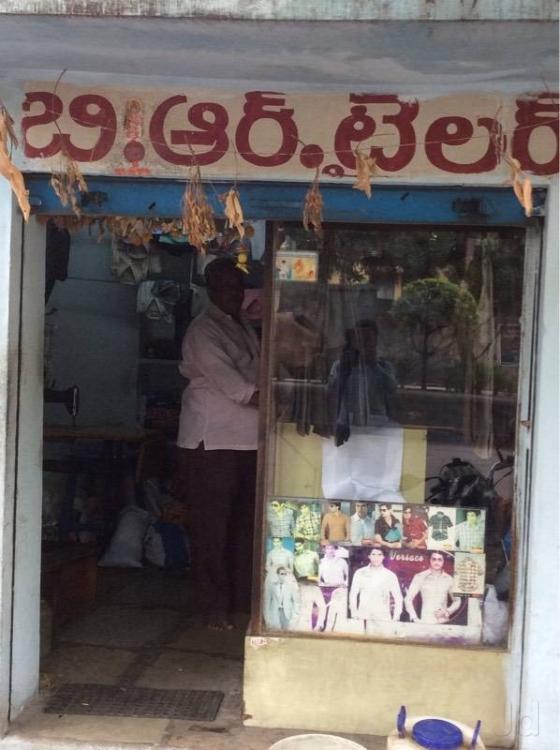
Language: telugu
Transcription: బి టైలర్